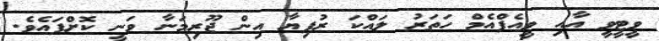
ވީޓީވީ އާއި ވީއެފްއެމް ހަތަރު ލައްކަ ރުފިޔާ އިން ޖޫރިމަނާ ވަނީ ކޮށްފައެވެ.